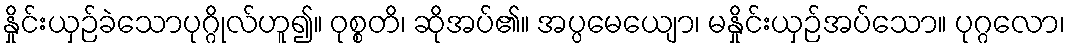
နှိုင်းယှဉ်ခဲသောပုဂ္ဂိုလ်ဟူ၍။ ဝုစ္စတိ၊ ဆိုအပ်၏။ အပ္ပမေယျော၊ မနှိုင်းယှဉ်အပ်သော။ ပုဂ္ဂလော၊